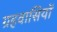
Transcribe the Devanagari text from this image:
ग्रहवासियों